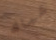
شباك